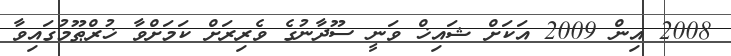
2008 އިން 2009 އަކަށް ޝައިޚް ވަނީ ސޫދާނުގެ ވެރިރަށް ކަމަށްވާ ޚުރްޠޫމުގައިވާ